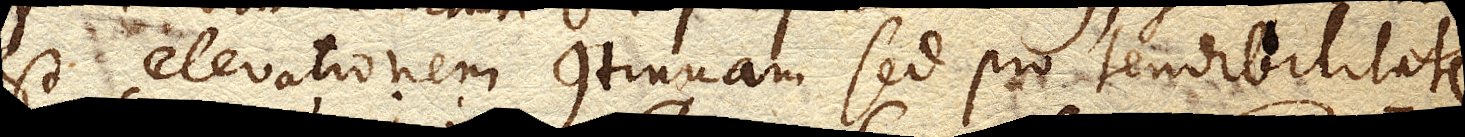
est, elevationem continuam sed pro tendibilitate